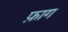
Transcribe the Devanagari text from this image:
फ़ाग